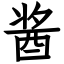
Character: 酱